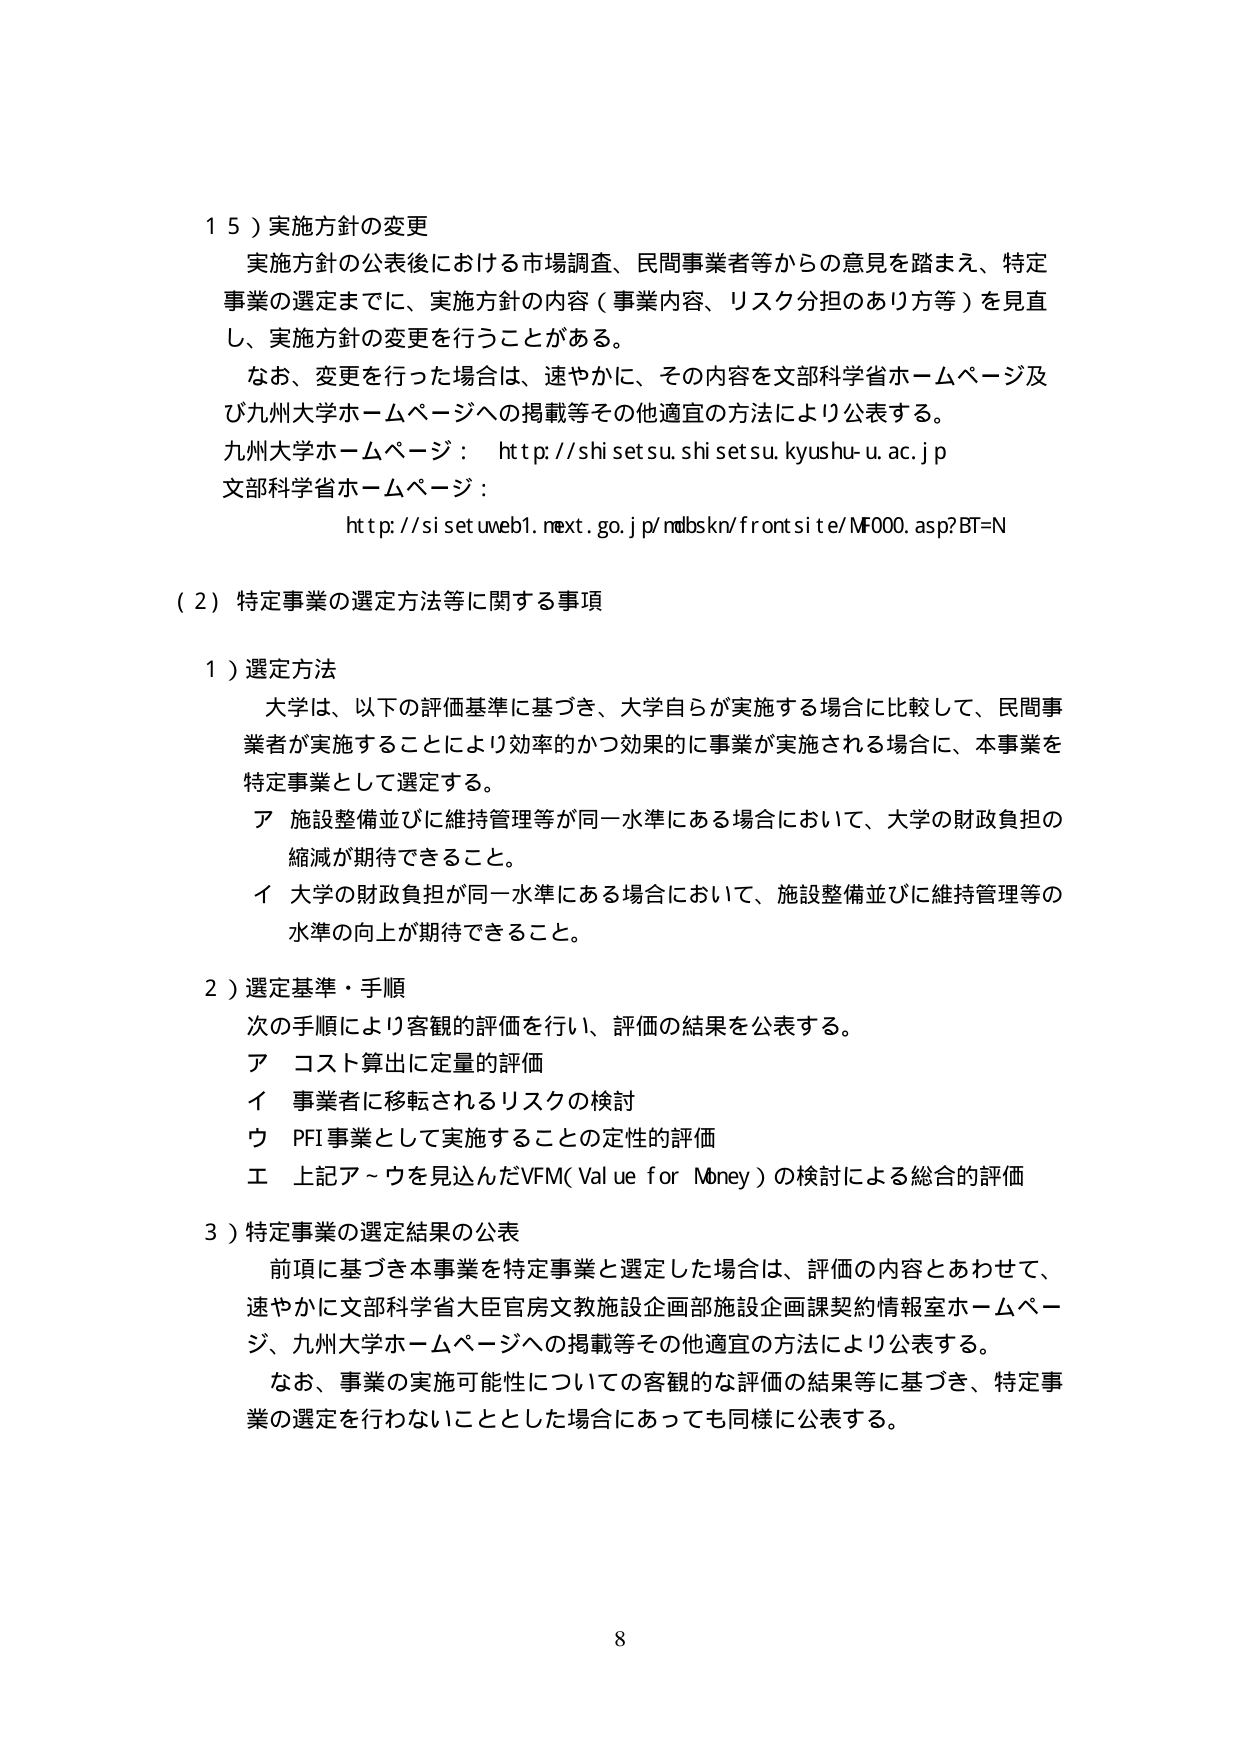
１５）実施方針の変更
　実施方針の公表後における市場調査、民間事業者等からの意見を踏まえ、特定
事業の選定までに、実施方針の内容（事業内容、リスク分担のあり方等）を見直
し、実施方針の変更を行うことがある。
　なお、変更を行った場合は、速やかに、その内容を文部科学省ホームページ及
び九州大学ホームページへの掲載等その他適宜の方法により公表する。
九州大学ホームページ：　http://shisetsu.shisetsu.kyushu-u.ac.jp
文部科学省ホームページ：
　　　　　　　　　　　　http://sisetweb1.next.go.jp/nmbskn/frontsite/MF000.asp?BT=N

（２）特定事業の選定方法等に関する事項

１）選定方法
　大学は、以下の評価基準に基づき、大学自らが実施する場合に比較して、民間事
業者が実施することにより効率的かつ効果的に事業が実施される場合に、本事業を
特定事業として選定する。
　ア　施設整備並びに維持管理等が同一水準にある場合において、大学の財政負担の
　　　縮減が期待できること。
　イ　大学の財政負担が同一水準にある場合において、施設整備並びに維持管理等の
　　　水準の向上が期待できること。

２）選定基準・手順
　次の手順により客観的評価を行い、評価の結果を公表する。
　ア　コスト算出に定量的評価
　イ　事業者に移転されるリスクの検討
　ウ　PFI事業として実施することの定性的評価
　エ　上記ア～ウを見込んだVFM（Value for Money）の検討による総合的評価

３）特定事業の選定結果の公表
　前項に基づき本事業を特定事業と選定した場合は、評価の内容とあわせて、
速やかに文部科学省大臣官房文教施設企画部施設企画課契約情報室ホームペー
ジ、九州大学ホームページへの掲載等その他適宜の方法により公表する。
　なお、事業の実施可能性についての客観的な評価の結果等に基づき、特定事
業の選定を行わないこととした場合にあっても同様に公表する。

8